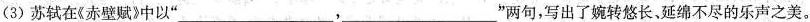
(3)苏轼在《赤壁赋》中以”___，___'”两句，写出了婉转悠长，延绵不尽的乐声之美。